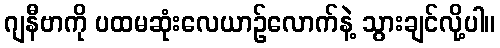
ဂျနီဗာကို ပထမဆုံးလေယာဉ်လောက်နဲ့ သွားချင်လို့ပါ။